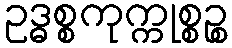
ဥဒ္ဓစ္စကုက္ကုစ္စဉ္စ